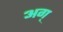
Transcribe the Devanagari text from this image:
अग्